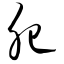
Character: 肥